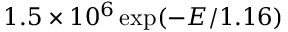
1 . 5 \times 1 0 ^ { 6 } \exp ( - E / 1 . 1 6 )